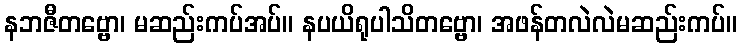
နဘဇီတဗ္ဗော၊ မဆည်းကပ်အပ်။ နပယိရုပါသိတဗ္ဗော၊ အဖန်တလဲလဲမဆည်းကပ်။